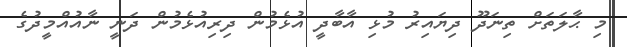
މި ޙާލަތަށް ތިނަދޫ ދިޔައިރު މުޅި އާބާދީ އުޅެމުން ދިރިއުޅެމުން ދަނީ ނާއުއްމީދުގެ